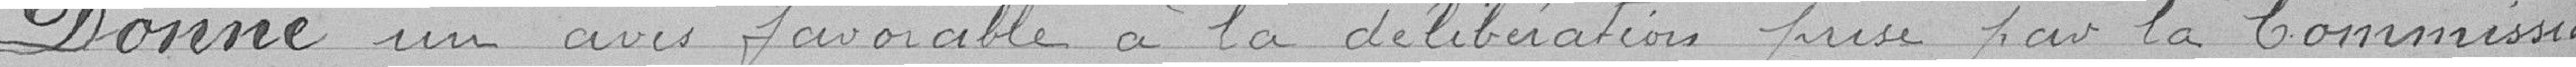
Donne un avis favorable à la délibération prise par la Commission